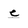
Character: e